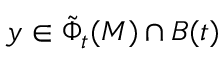
y \in \tilde { \Phi } _ { t } ( M ) \cap B ( t )